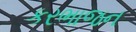
કરભાજન